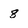
Character: 8